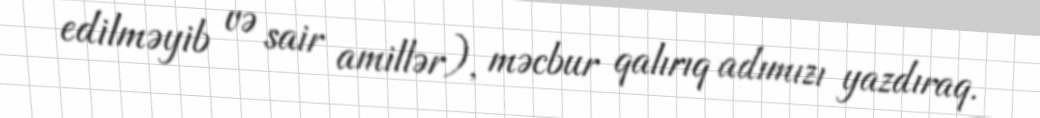
edilməyib və sair amillər), məcbur qalırıq adımızı yazdıraq.